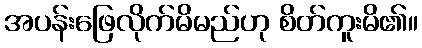
အပန်းဖြေလိုက်မိမည်ဟု စိတ်ကူးမိ၏။